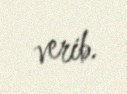
verib.